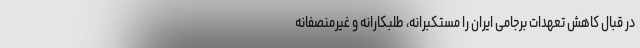
در قبال کاهش تعهدات برجامی ایران را مستکبرانه، طلبکارانه و غیرمنصفانه